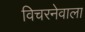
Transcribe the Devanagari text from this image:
विचरनेवाला